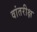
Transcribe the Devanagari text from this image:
वांतरीक्ष